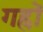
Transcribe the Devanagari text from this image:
गह्रों